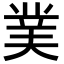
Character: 菐